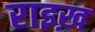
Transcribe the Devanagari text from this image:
राइख़